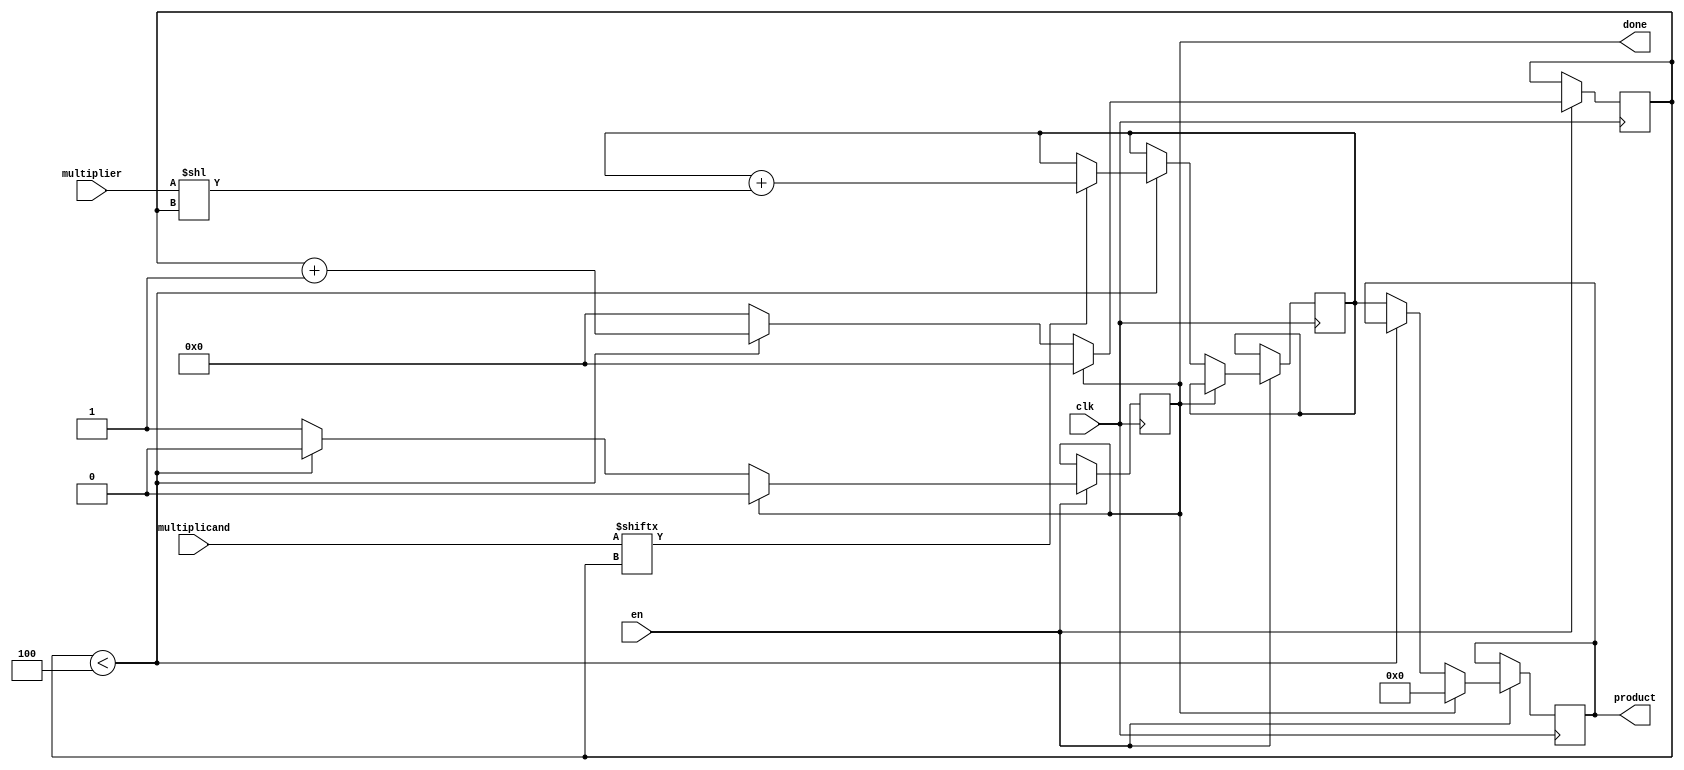
`timescale 1ns / 1ps
//////////////////////////////////////////////////////////////////////////////////
// Company: 		UdS
// 
// Design Name: 	multiplication
// Module Name:    	multiplier 
// Project Name: 	multiplication
// Target Devices:  Basys2
// Tool versions: 	ISE P.68d
// Description: 	Multiplies two numbers
//
// Dependencies: 	
//
// Revision: 
// Revision 0.01 - File Created
// Additional Comments: 
//
//////////////////////////////////////////////////////////////////////////////////
module multiplier#(parameter M = 3,
				parameter N = 4)(
	input clk,						// clock
	input [M-1:0] multiplier,		// multiplier with M as width
	input [N-1:0] multiplicand,		// multiplicand with N as width
	input en,						// enable to start
	output reg done,				// done flag
	output reg [M+N-1:0] product	// product output
    );
	
	reg[N:0] index;
	reg[M+N-1:0] product_out;

	initial
	begin
		product <= 0;
		done <= 0;
		index <= 0;
		product_out <= 0;
	end
	
	always @ (posedge clk)
	begin
		if (en == 1)
			if (done == 0)
				if(index < N) 
				begin
					if(multiplicand[index] ==1'b1)
						product_out = product_out +  (multiplier << index);
					index <= index+1;
				end
				else
				begin
					done <=1;
					index <= 0;
					product <= product_out;
				end
		else
		begin
			done <= 0;
			index <= 0;
			product <= 0;
		end
	end

// One clock cycle
//	always @ (posedge clk)
//	begin
//		if (en == 1)
//		begin
//			if (done == 0)
//			begin
//				for ( index = 0; index < 4 ; index = index +1) begin
//					if(multiplicand[index] ==1'b1)
//					begin
//						product = product +  (multiplier << index);
//					end
//				end
//				done <=1;
//			end
//		end
//		else
//		begin
//			product <= 0;
//			done <= 0;
//		end
//	end	

endmodule